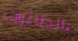
بالطائرات